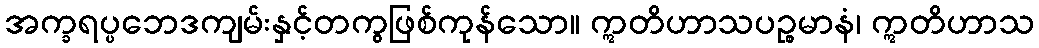
အက္ခရပ္ပဘေဒကျမ်းနှင့်တကွဖြစ်ကုန်သော။ ဣတိဟာသပဉ္စမာနံ၊ ဣတိဟာသ